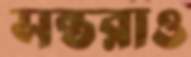
সন্তরাও